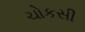
ચોકસી